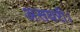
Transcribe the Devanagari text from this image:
असघरी।